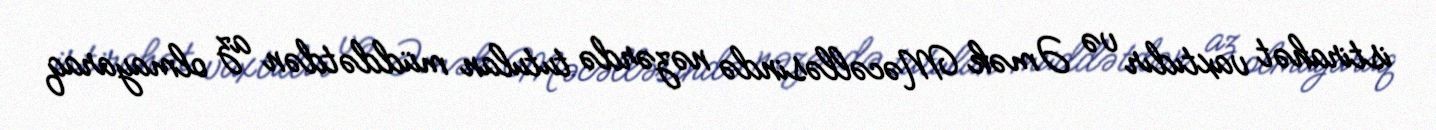
istirahət vaxtıdır və Əmək Məcəlləsində nəzərdə tutulan müddətdən az olmayaraq